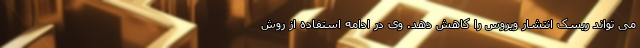
می تواند ریسک انتشار ویروس را کاهش دهد. وی در ادامه استفاده از روش